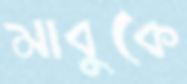
মাবুকে